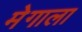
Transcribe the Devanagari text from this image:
मेगाला